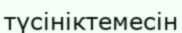
түсініктемесін